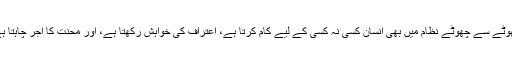
چھوٹے سے چھوٹے نظام میں بھی انسان کسی نہ کسی کے لیے کام کرتا ہے، اعتراف کی خواہش رکھتا ہے، اور محنت کا اجر چاہتا ہے۔